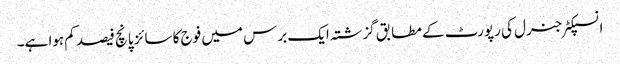
انسپکٹر جنرل کی رپورٹ کے مطابق گزشتہ ایک برس میں فوج کا سائز پانچ فیصد کم ہوا ہے۔